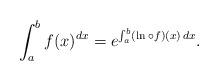
LaTeX: \begin{align*}\int_{a}^{b}f(x)^{dx}=e^{\int_{a}^{b}(\ln \circ f)(x)\,dx}. \end{align*}